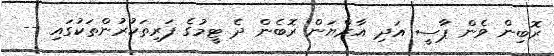
ރޮބިން ވެން ޕާސީ އަދި އާރްޔަން ރޮބެން ދެ ޓީމުގެ ފަރިތަކުރުންތަކުގައި --